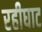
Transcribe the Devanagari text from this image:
रहीघाट